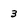
Character: 3